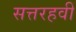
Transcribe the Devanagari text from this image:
सत्तरहवीं